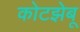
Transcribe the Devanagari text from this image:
कोटझेबू